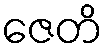
ဇေတိ